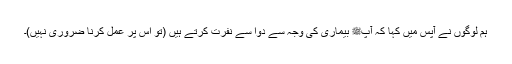
ہم لوگوں نے آپس میں کہا کہ آپﷺ بیماری کی وجہ سے دوا سے نفرت کرتے ہیں (تو اس پر عمل کرنا ضروری نہیں)۔